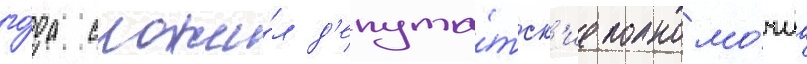
го́да сложи́л д'епута́тск'ие полномо́чиа